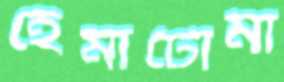
হেমাটোমা